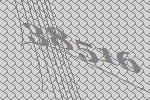
38516